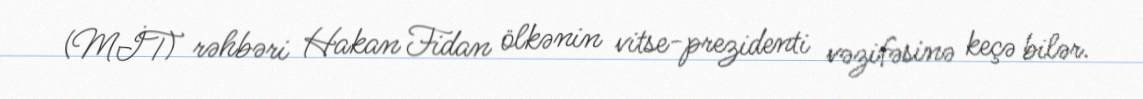
(MİT) rəhbəri Hakan Fidan ölkənin vitse-prezidenti vəzifəsinə keçə bilər.